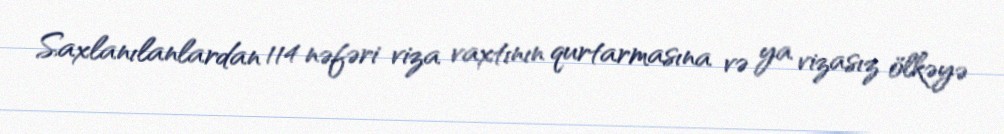
Saxlanılanlardan 114 nəfəri viza vaxtının qurtarmasına və ya vizasız ölkəyə